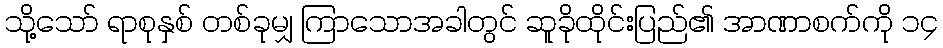
သို့သော် ရာစုနှစ် တစ်ခုမျှ ကြာသောအခါတွင် ဆူခိုထိုင်းပြည်၏ အာဏာစက်ကို ၁၄